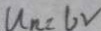
u _ { n } = 6 V